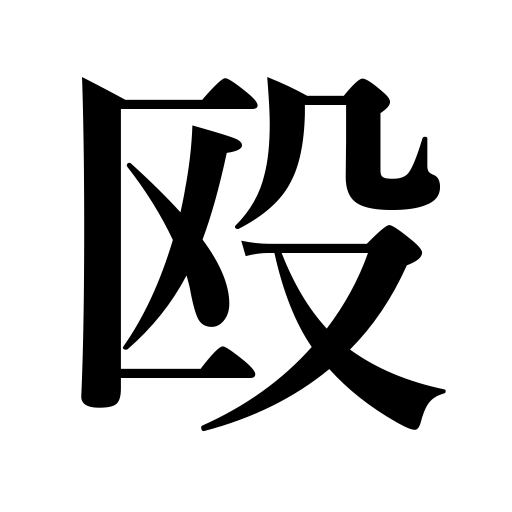
Meanings: hit,beat,thrash